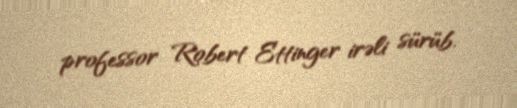
professor Robert Ettinger irəli sürüb.